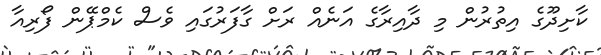
ކާށިދޫގެ އިތުރުން މި ދާއިރާގެ އަނެއް ރަށް ގާފަރުގައި ވެސް ކެމްޕޭން ފޯރިއާ